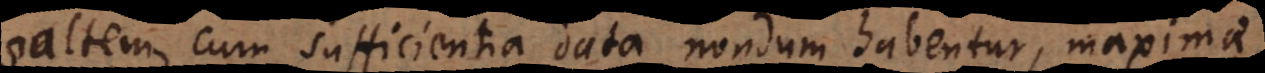
saltem, cum sufficientia data nondum habentur, maximae